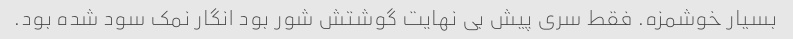
بسیار خوشمزه. فقط سری پیش بی نهایت گوشتش شور بود انگار نمک سود شده بود.